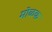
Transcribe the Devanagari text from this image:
मोळक